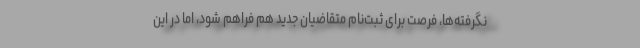
نگرفته‌ها، فرصت برای ثبت‌نام متقاضیان جدید هم فراهم شود، اما در این